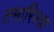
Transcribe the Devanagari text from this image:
तमारिस्क